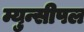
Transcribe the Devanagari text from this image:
म्युन्सीपल